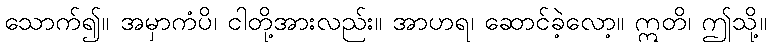
သောက်၍။ အမှာကံပိ၊ ငါတို့အားလည်း။ အာဟရ၊ ဆောင်ခဲ့လော့။ ဣတိ၊ ဤသို့။